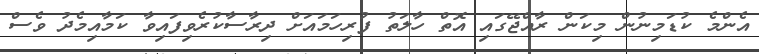
އެންމެ ކުޑަމިނުން މިކަން ރާއްޖޭގައި އޮތް ހާލަތު ފުރިހަމައަށް ދިރާސާކުރެވިފައިވާ ކަމާއިމެދު ވެސް